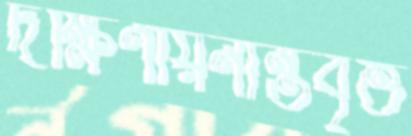
দক্ষিণায়নান্তবৃত্ত